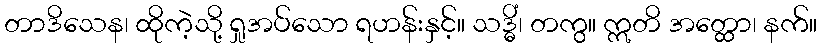
တာဒိသေန၊ ထိုကဲ့သို့ ရှုအပ်သော ရဟန်းနှင့်။ သဒ္ဓိံ၊ တကွ။ ဣတိ အတ္ထော၊ နက်။